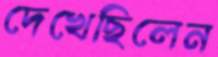
দেখেছিলেন